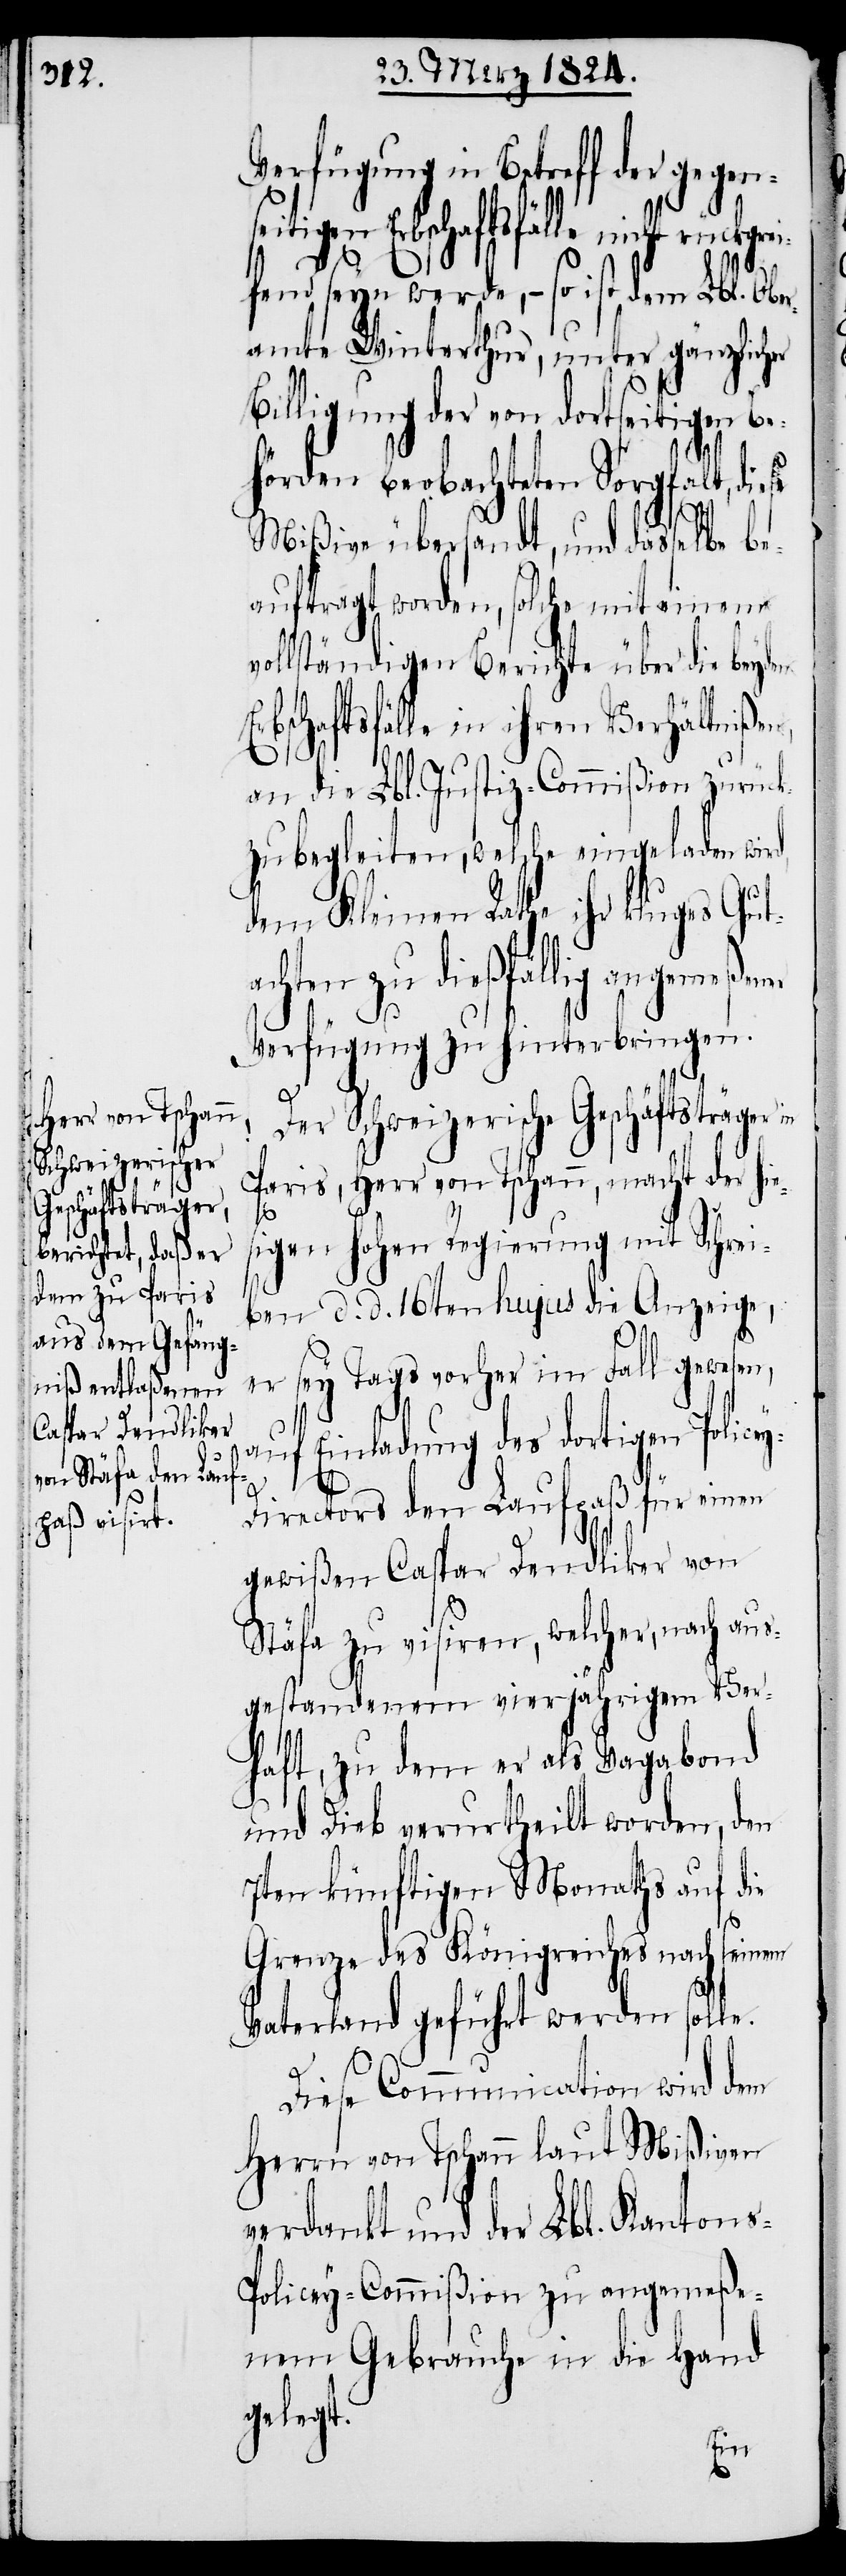
Schweizerische
Geschäftsträger

Verfügung in Betreff der gegen¬
tigen Erbschaftsfälle nicht
fend seyn werde, – so ist dem Lbl. Ober¬
amte Winterthur, unter gänzlicher
Billigung der von dortseitigen Be¬
hörden beobachteten Sorgfalt, diese
Mißive übersandt, und dasselbe be¬
auftragt worden, solche mit einem
vollständigen Berichte über die beyden
bschaftsfälle in ihren Verhältnißen,
a¬
an die Lbl. Justiz-Commißion zurück¬
zubegleiten, welche eingeladen wir¬
dem Kleinen Rathe ihr kluges Gut¬
d,
achten zu dießfällig angemeßen¬
Verfügung zu hinterbringen.
Paris, Herr von Tschann, macht der hies¬
ey-D¬
igen hohen Regierung mit Schrei¬
er
ben d. d. 16ten hujus die Anzeige,
er sey Tags vorher im Fall gewesen,
uf Einladung des dortigen Polic¬
irectors den Laufpaß für einen
gewißen Caspar Dendliker von
Stäfa zu visiren, welcher, nach aus¬
gestandenem vierjährigem Ver¬
haft, zu dem er als Vagabond
und Dieb verurtheilt worden, den
7ten künftigen Monaths auf die
seinem
Grenze des Königreiches nach
Vaterland geführt werden solle.
Diese Communication wird dem
Herrn von Tschann laut Mißiven
verdankt und der Lbl. Kanton¬
s-Policey-Commißion zu angemeße¬
nem Gebrauche in die Hand
gelegt.
in